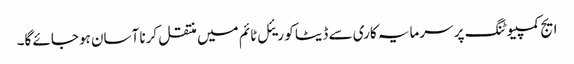
ایج کمپیوٹنگ پر سرمایہ کاری سے ڈیٹا کو ریئل ٹائم میں منتقل کرنا آسان ہوجائے گا۔